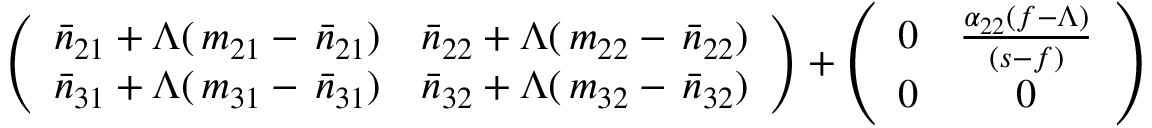
\left( \begin{array} { c c } { \bar { n } _ { 2 1 } + \Lambda ( \, m _ { 2 1 } - \, \bar { n } _ { 2 1 } ) } & { \bar { n } _ { 2 2 } + \Lambda ( \, m _ { 2 2 } - \, \bar { n } _ { 2 2 } ) } \\ { \bar { n } _ { 3 1 } + \Lambda ( \, m _ { 3 1 } - \, \bar { n } _ { 3 1 } ) } & { \bar { n } _ { 3 2 } + \Lambda ( \, m _ { 3 2 } - \, \bar { n } _ { 3 2 } ) } \end{array} \right) + \left( \begin{array} { c c } { 0 } & { \frac { \alpha _ { 2 2 } ( f - \Lambda ) } { ( s - f ) } } \\ { 0 } & { 0 } \end{array} \right)